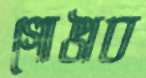
গোঙাব